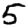
Digit: 5